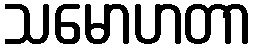
သမောဟတာ